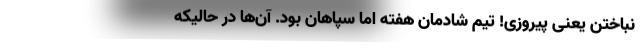
نباختن یعنی پیروزی! تیم شادمان هفته اما سپاهان بود. آن‌ها در حالیکه